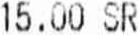
15.00 SR